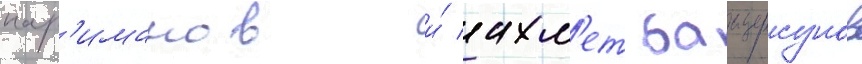
нар'иманов и́ ахм'ет баитурсунов